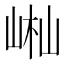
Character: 𡷻